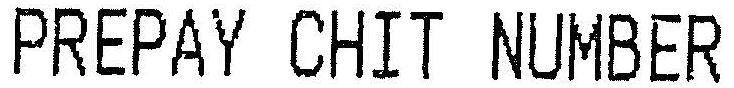
PREPAY CHIT NUMBER